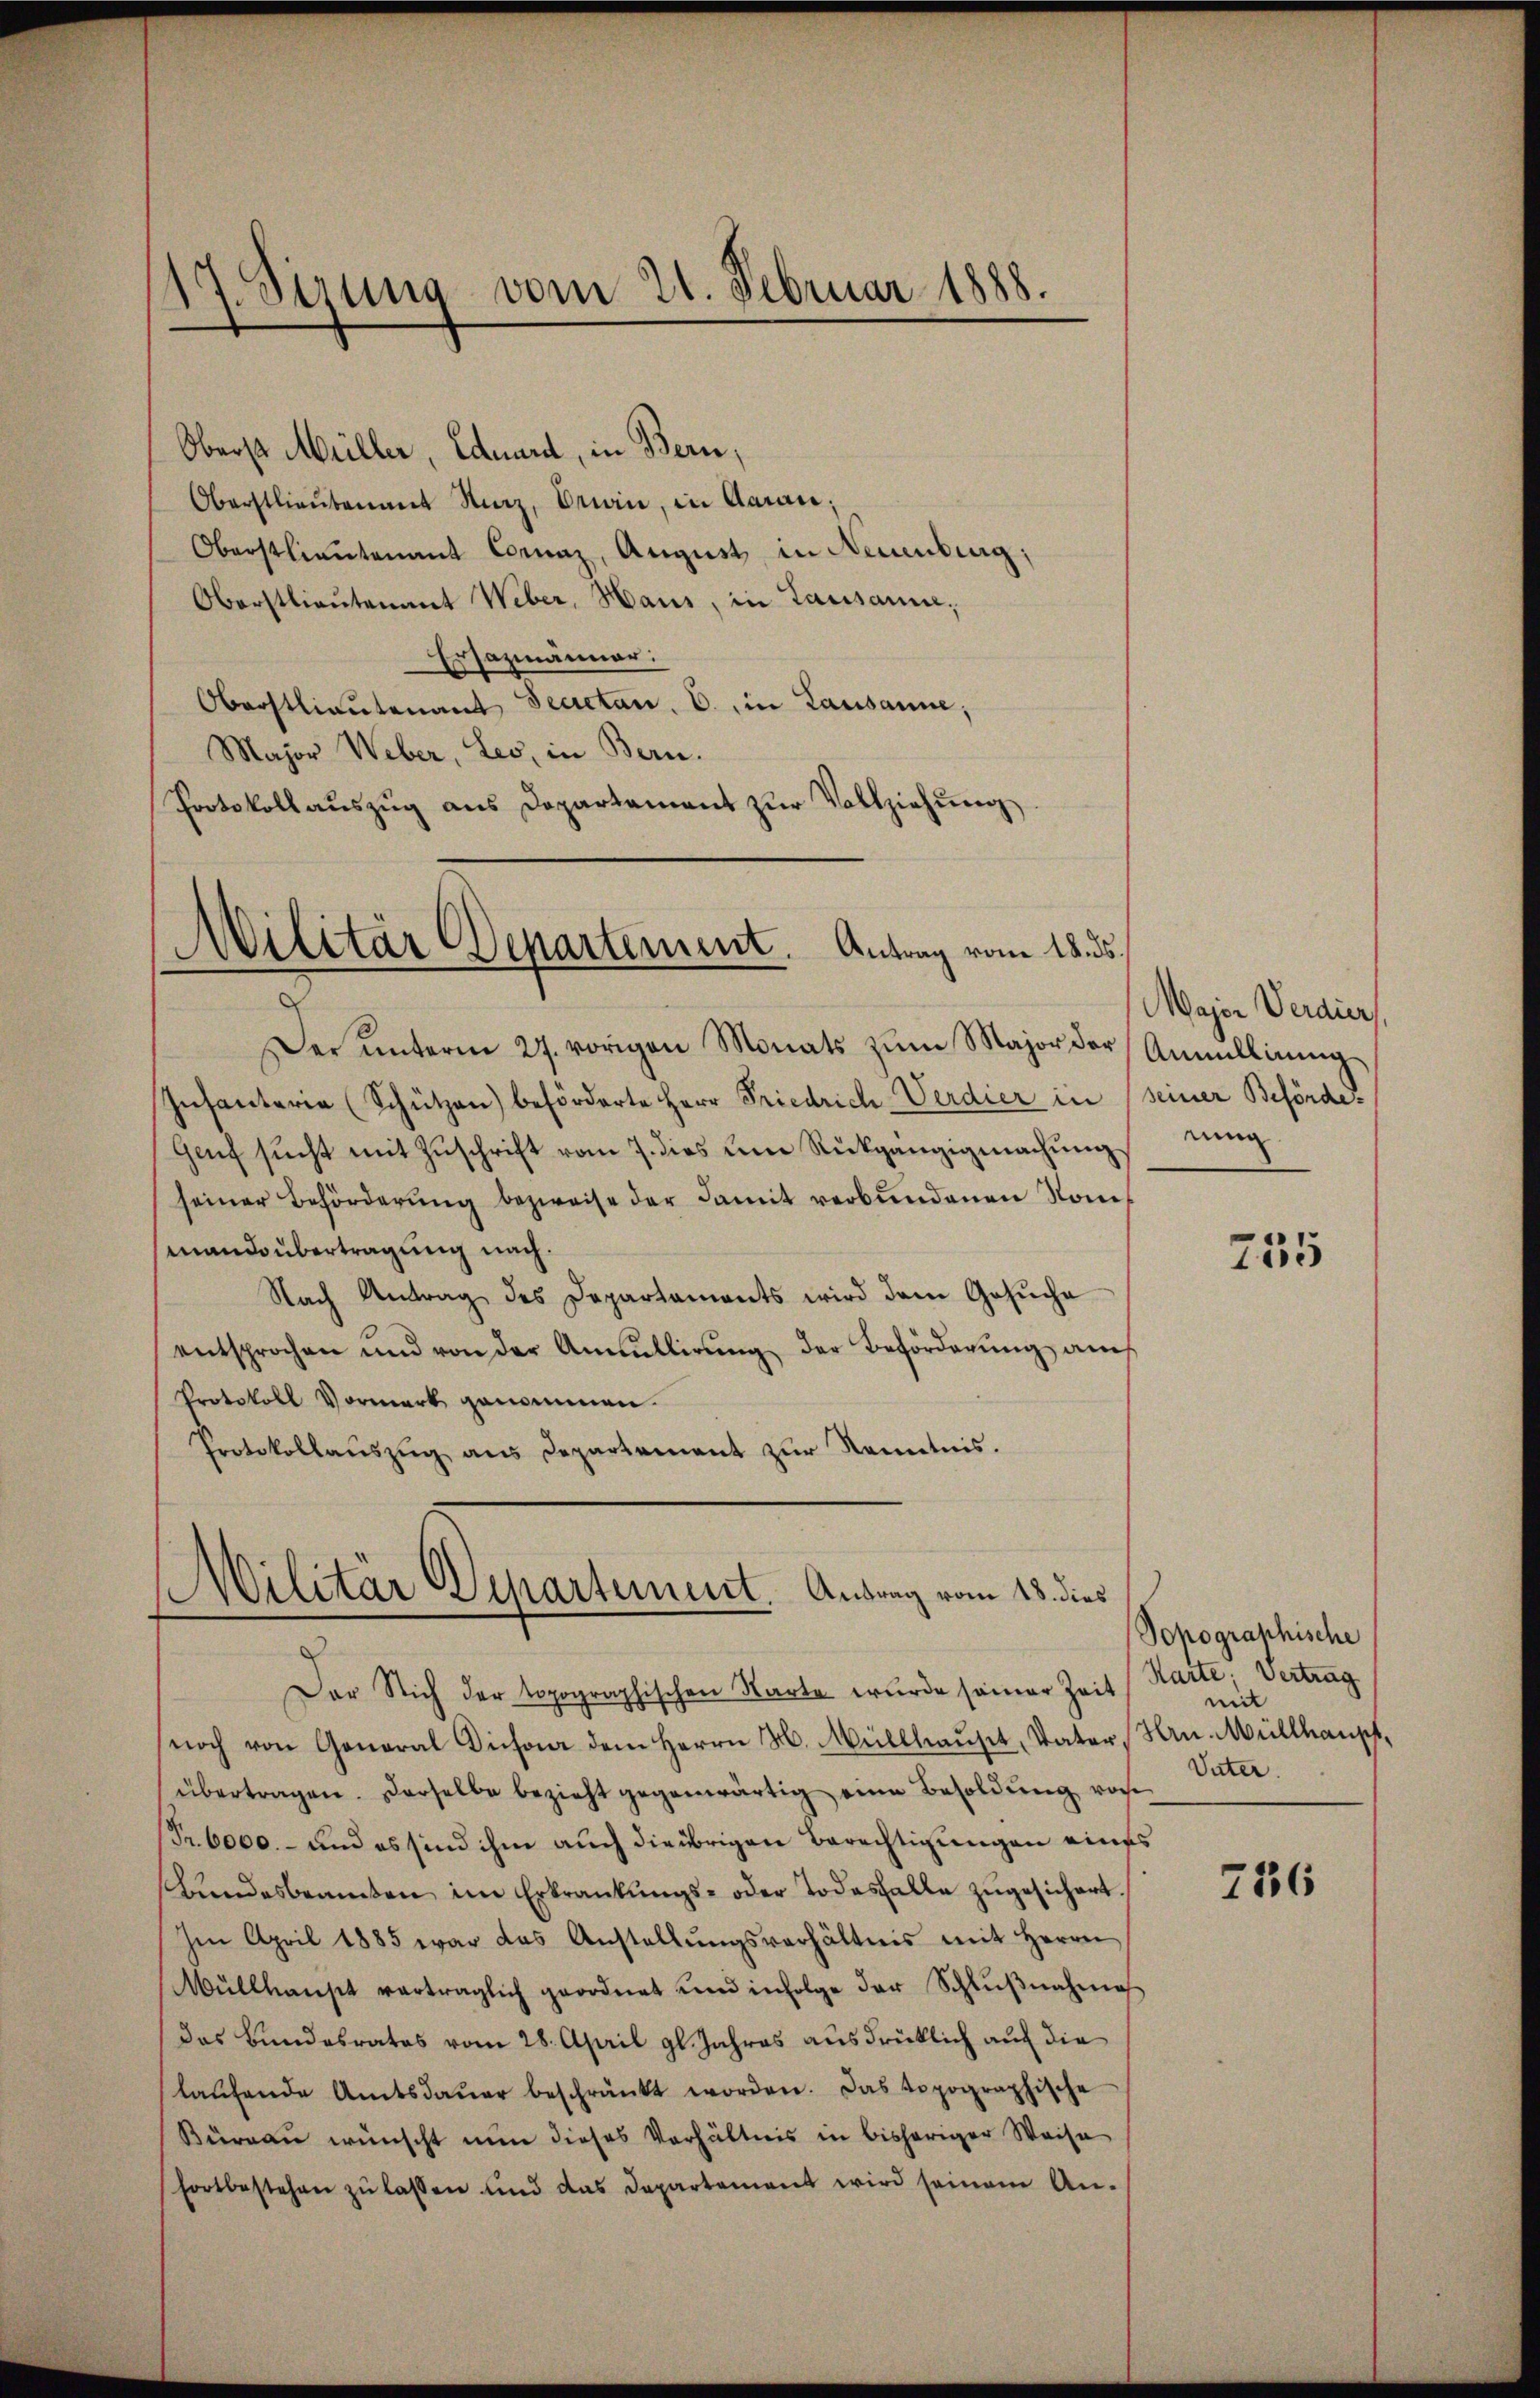
17. Sizung vom 21. Februar 1888.

Oberst Müller, Eduard, in Bern,
Oberstlieutenant Kunz, Oran, in Aarau;
Oberstlieutenant Comaz, August in Neuenburg,
Oberstlieutenant Weber, Haus, in Lausanne;
Ersazmänner:
Oberstlieutenant Secretan. O., in Lausanne;
Major Weber, Leo, in Bern.
Protokoll aŭszŭg ans Departement zŭr Vollziehŭng.

Militär Departement. Antrag vom 18. ds.
.

Der ŭnterm 27. vorigen Monats zum Major der Annullirung
Infanteria (Schützen) beförderte Herr Friedrich-Verdier in seiner Beförde.
Genf sŭcht mit Zŭschrift vom 7. dies um Rückgängigmachŭng
seiner Behörderŭng bezweife der damit verbŭndenen Nomimando übertragung nach.
Nach Antrag des Departaments wird dem Gesŭche
entsprochen und von der Annullirŭng der Beförderung an
Protokoll Vormerk genommen.
Protokollaŭszŭg ans Departement zŭr Kenntnis.

Militär Departement. Antrag vom 13. dies

Major Verdier
rung

Der Sich der topographischen Karte wurde seiner Zeit
noch von General Dichon dem Herrn H. Müllhauset, Vater, Hrn. Müllhauptübertragen. Derselbe bezieht gegenwärtig eine Besoldung vor¬
Pr. 6000.- und es sind ihm auch die übrigen Berechtigungen eines
Bŭndesbeamten im Erkrankŭngs- oder Todesfalle zŭgesichert,
Im April 1885 war das Anstellŭngsverhältnis mit Herrn
Müllhaust verträglich geordnet und infolge der Schlŭβnahme
das Bundesrates vom 28. April gl. Jahres ausdrücklich auf die
laŭfende Amtsdaŭer beschränkt worden. Das topographische
Büreau wünscht nun dieses Verhältnis in bisheriger Weise
fortbestehen zŭ lassen und das Departement wird seinem An-

755

Sopographische
Karte; Vertrag
mit
Vater.

736